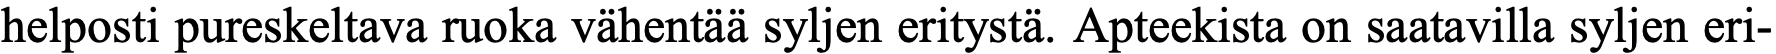
helposti pureskeltava ruoka vähentää syljen eritystä. Apteekista on saatavilla syljen eri-